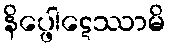
နိပ္ဖေါဋေဿာမိ